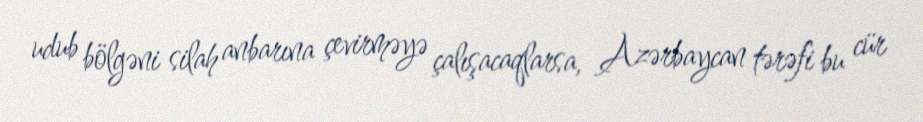
udub bölgəni silah anbarına çevirməyə çalışacaqlarsa, Azərbaycan tərəfi bu cür